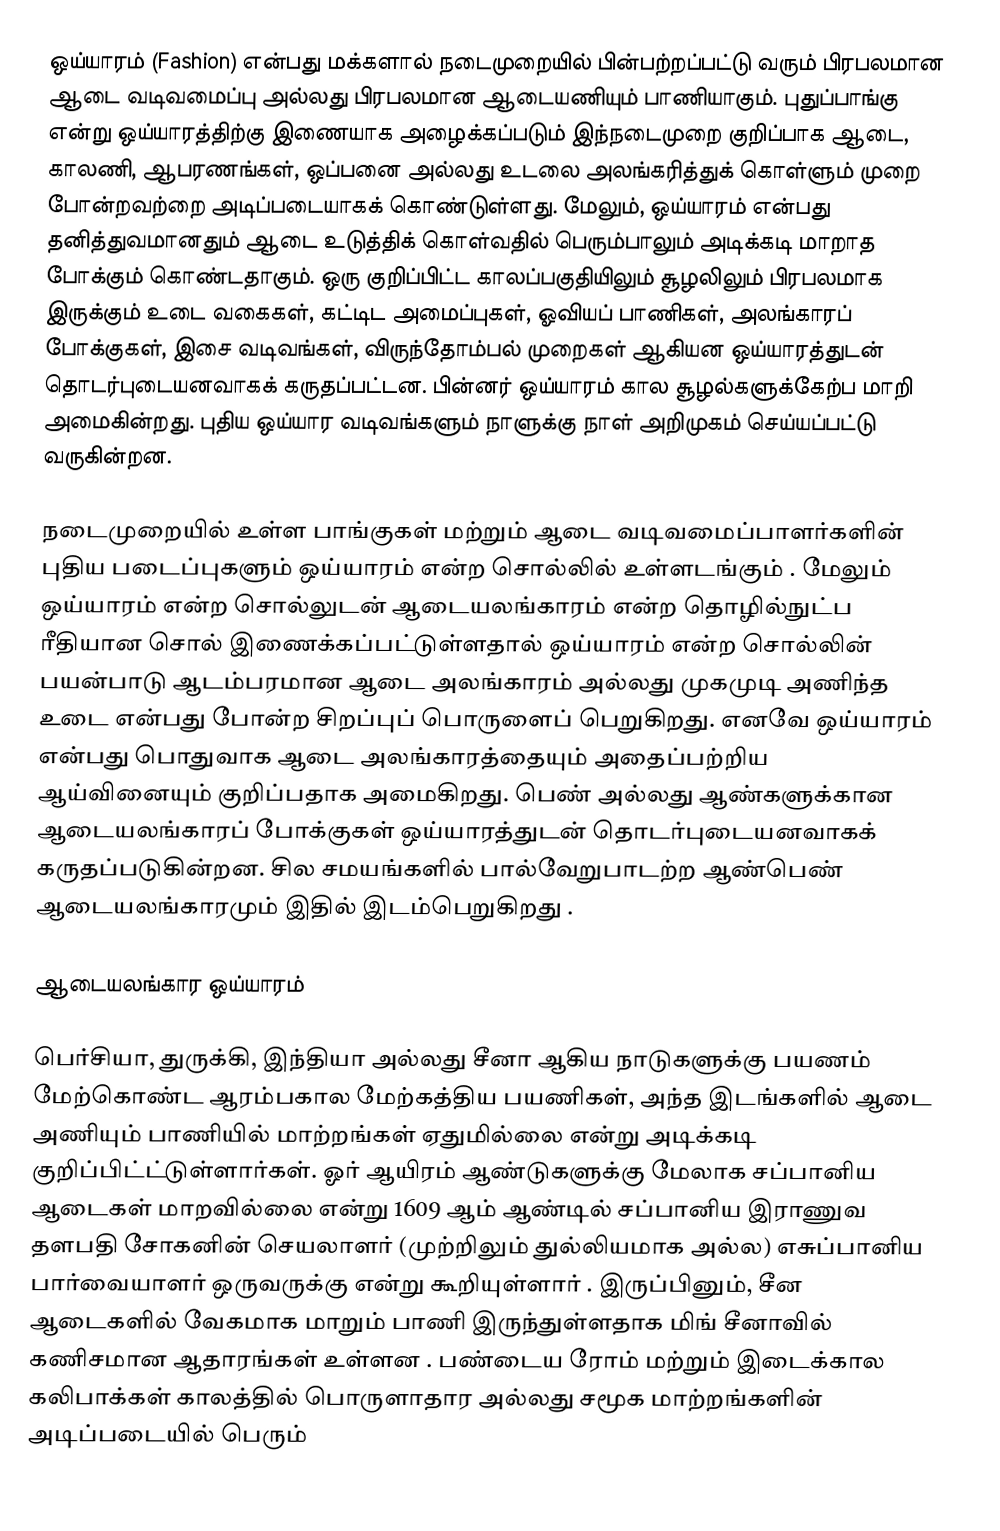
ஒய்யாரம் (Fashion) என்பது மக்களால் நடைமுறையில் பின்பற்றப்பட்டு வரும் பிரபலமான ஆடை வடிவமைப்பு அல்லது பிரபலமான ஆடையணியும் பாணியாகும். புதுப்பாங்கு என்று ஒய்யாரத்திற்கு இணையாக அழைக்கப்படும் இந்நடைமுறை குறிப்பாக ஆடை, காலணி, ஆபரணங்கள், ஒப்பனை அல்லது உடலை அலங்கரித்துக் கொள்ளும் முறை போன்றவற்றை அடிப்படையாகக் கொண்டுள்ளது. மேலும், ஒய்யாரம் என்பது தனித்துவமானதும் ஆடை உடுத்திக் கொள்வதில் பெரும்பாலும் அடிக்கடி மாறாத போக்கும் கொண்டதாகும். ஒரு குறிப்பிட்ட காலப்பகுதியிலும் சூழலிலும் பிரபலமாக இருக்கும் உடை வகைகள், கட்டிட அமைப்புகள், ஓவியப் பாணிகள், அலங்காரப் போக்குகள், இசை வடிவங்கள், விருந்தோம்பல் முறைகள் ஆகியன ஒய்யாரத்துடன் தொடர்புடையனவாகக் கருதப்பட்டன. பின்னர் ஒய்யாரம் கால சூழல்களுக்கேற்ப மாறி அமைகின்றது. புதிய ஒய்யார வடிவங்களும் நாளுக்கு நாள் அறிமுகம் செய்யப்பட்டு வருகின்றன.

நடைமுறையில் உள்ள பாங்குகள் மற்றும் ஆடை வடிவமைப்பாளர்களின் புதிய படைப்புகளும் ஒய்யாரம் என்ற சொல்லில் உள்ளடங்கும் . மேலும் ஒய்யாரம் என்ற சொல்லுடன் ஆடையலங்காரம் என்ற தொழில்நுட்ப ரீதியான சொல் இணைக்கப்பட்டுள்ளதால் ஒய்யாரம் என்ற சொல்லின் பயன்பாடு ஆடம்பரமான ஆடை அலங்காரம் அல்லது முகமுடி அணிந்த உடை என்பது போன்ற சிறப்புப் பொருளைப் பெறுகிறது. எனவே ஒய்யாரம் என்பது பொதுவாக ஆடை அலங்காரத்தையும் அதைப்பற்றிய ஆய்வினையும் குறிப்பதாக அமைகிறது. பெண் அல்லது ஆண்களுக்கான ஆடையலங்காரப் போக்குகள் ஒய்யாரத்துடன் தொடர்புடையனவாகக் கருதப்படுகின்றன. சில சமயங்களில் பால்வேறுபாடற்ற ஆண்பெண் ஆடையலங்காரமும் இதில் இடம்பெறுகிறது .

ஆடையலங்கார ஒய்யாரம்

பெர்சியா, துருக்கி, இந்தியா அல்லது சீனா ஆகிய நாடுகளுக்கு பயணம் மேற்கொண்ட  ஆரம்பகால மேற்கத்திய பயணிகள், அந்த இடங்களில் ஆடை அணியும் பாணியில் மாற்றங்கள் ஏதுமில்லை என்று அடிக்கடி குறிப்பிட்ட்டுள்ளார்கள். ஓர் ஆயிரம் ஆண்டுகளுக்கு மேலாக சப்பானிய ஆடைகள் மாறவில்லை என்று 1609 ஆம் ஆண்டில் சப்பானிய இராணுவ தளபதி சோகனின் செயலாளர் (முற்றிலும் துல்லியமாக அல்ல) எசுப்பானிய பார்வையாளர் ஒருவருக்கு என்று கூறியுள்ளார் . இருப்பினும், சீன ஆடைகளில் வேகமாக மாறும் பாணி இருந்துள்ளதாக மிங் சீனாவில் கணிசமான ஆதாரங்கள் உள்ளன . பண்டைய ரோம் மற்றும் இடைக்கால கலிபாக்கள் காலத்தில் பொருளாதார அல்லது சமூக மாற்றங்களின் அடிப்படையில் பெரும்